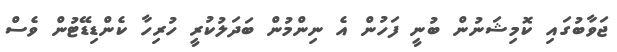
ޖަވާބުގައި ކޮމިޝަނުން ބުނީ ފަހުން އެ ނިންމުން ބަދަލުކުރީ ހުރިހާ ކެންޑިޑޭޓުން ވެސް